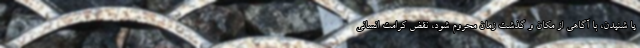
یا شنیدن، با آگاهی از مکان و گذشت زمان محروم شود، نقض کرامت انسانی